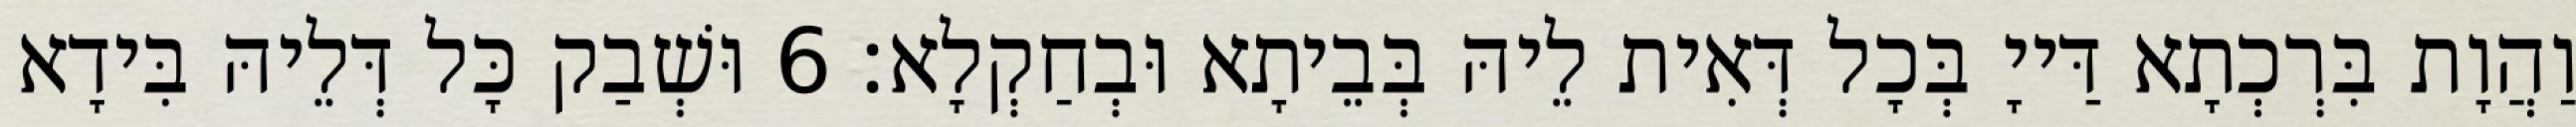
וַהֲוָת בִּרְכְתָא דַּייָ בְּכָל דְּאִית לֵיהּ בְּבֵיתָא וּבְחַקְלָא׃ 6 וּשְׁבַק כָּל דְּלֵיהּ בִּידָא